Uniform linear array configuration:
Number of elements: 64
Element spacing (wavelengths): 0.5
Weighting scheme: kaiser
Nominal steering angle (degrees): -15
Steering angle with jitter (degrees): -13.498
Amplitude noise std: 0.05
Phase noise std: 0.05

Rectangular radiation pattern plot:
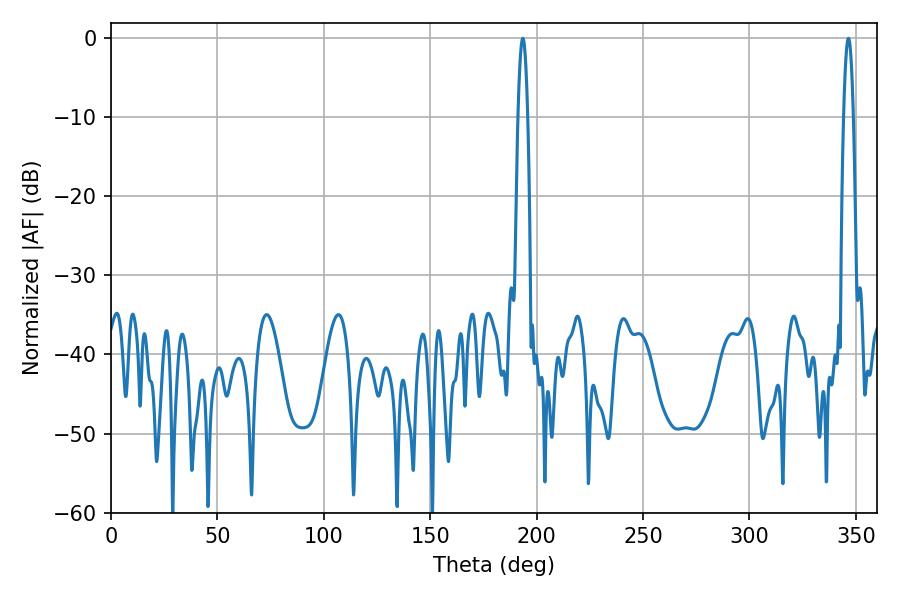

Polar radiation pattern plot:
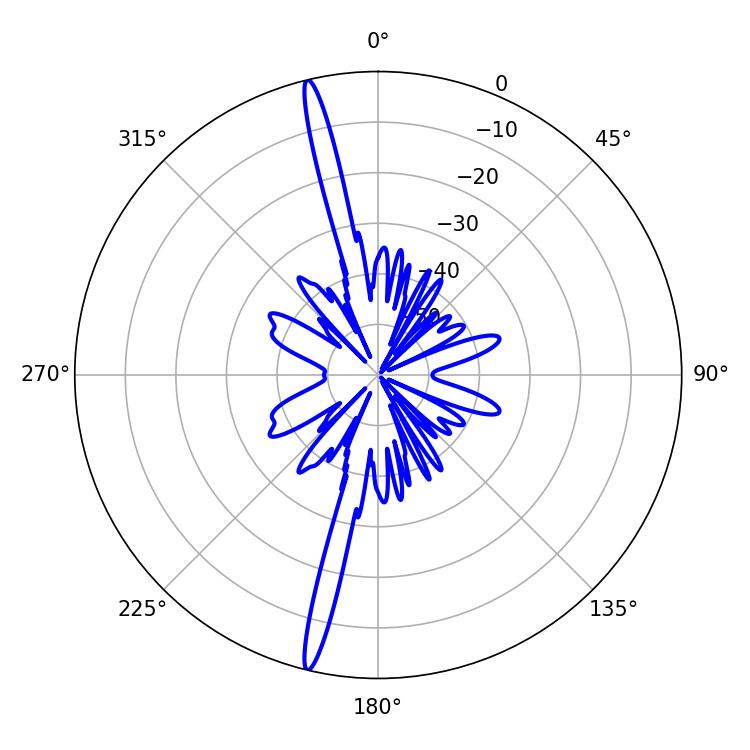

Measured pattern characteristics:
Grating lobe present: FALSE
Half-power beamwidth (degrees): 2.52
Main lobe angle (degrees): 193.5